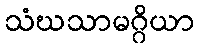
သံဃသာမဂ္ဂိယာ